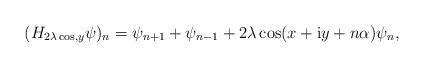
LaTeX: \begin{align*}(H_{2\lambda\cos,y}\psi)_{n}=\psi_{n+1}+\psi_{n-1}+2\lambda\cos(x+\mathrm{i}y+n\alpha) \psi_{n},\end{align*}